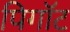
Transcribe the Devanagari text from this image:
पिगॉट